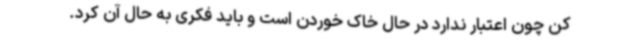
کن چون اعتبار ندارد در حال خاک خوردن است و باید فکری به حال آن کرد.